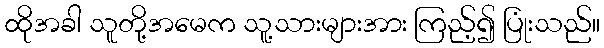
ထိုအခါ သူတို့အမေက သူ့သားများအား ကြည့်၍ ပြုံးသည်။